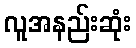
လူအနည်းဆုံး